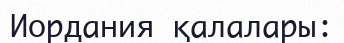
Иордания қалалары: